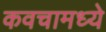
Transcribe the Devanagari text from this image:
कवचामध्ये